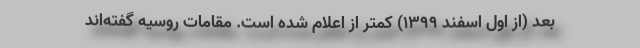
بعد (از اول اسفند 1399) کمتر از اعلام شده است. مقامات روسیه گفته‌اند